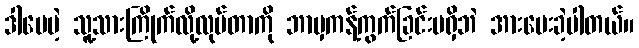
ဒါပေမဲ့ သူ့သားကြိုက်လို့လုပ်တာကို ဘာမှကန့်ကွက်ခြင်းမရှိဘဲ အားပေးခဲ့ပါတယ်။